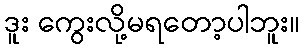
ဒူး ကွေးလို့မရတော့ပါဘူး။